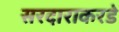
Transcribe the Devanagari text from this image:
सरदाराकरडे